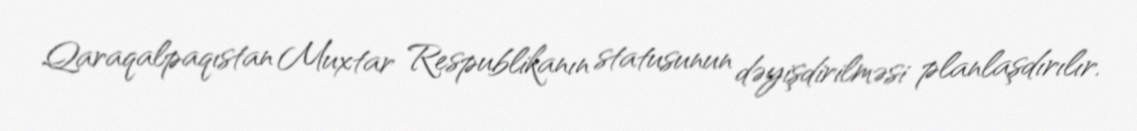
Qaraqalpaqıstan Muxtar Respublikanın statusunun dəyişdirilməsi planlaşdırılır.